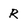
Character: R